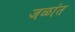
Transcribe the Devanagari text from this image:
जळांत